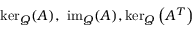
\ker _ { Q } ( A ) , \ \operatorname { i m } _ { Q } ( A ) , \ker _ { Q } \left( A ^ { T } \right)